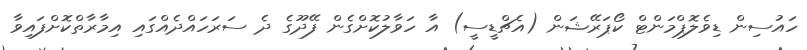
ހައުސިން ޑިވެލޮޕްމަންޓް ކޯޕަރޭޝަން (އެޗްޑީސީ) އާ ހަވާލުކޮށްގެން ފޭދޫގެ ދެ ސަރަހައްދެއްގައި އިމާރާތްކޮށްފައިވާ